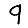
Digit: 9